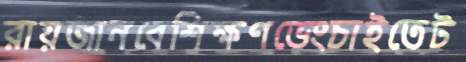
রায়জানবেশিক্ষণভেংচাইতেট